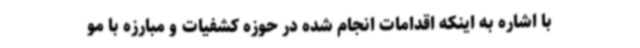
با اشاره به اینکه اقدامات انجام شده در حوزه کشفیات و مبارزه با مو